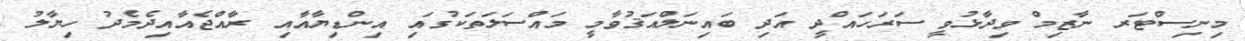
މިނިސްޓަރ ނާޒިމް ވިދާޅުވީ ސަރަހައްދީ އަދި ބައިނަލްއަޤުވާމީ މައްސަލަތަކުގައި އިންޑިޔާއާއި ރާއްޖެއާއިދެމެދު ހިޔާލު